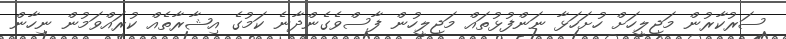
ސަރުކާރުން މަޖިލީހަށް ހުށަހަޅާ ނަންފުޅުތައް މަޖިލީހުން ފާސްވެގެންދާނެ ކަމުގެ އިޝާރާތެއް ކުރައްވަމުން ނިހާން